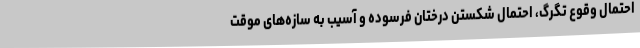
احتمال وقوع تگرگ، احتمال شکستن درختان فرسوده و آسیب به سازه‌های موقت